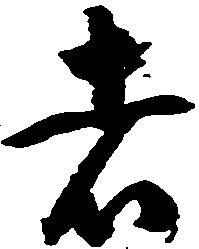
者